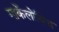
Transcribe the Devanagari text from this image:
मार्केलोविच